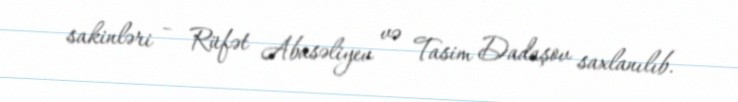
sakinləri – Rüfət Abasəliyev və Tasim Dadaşov saxlanılıb.